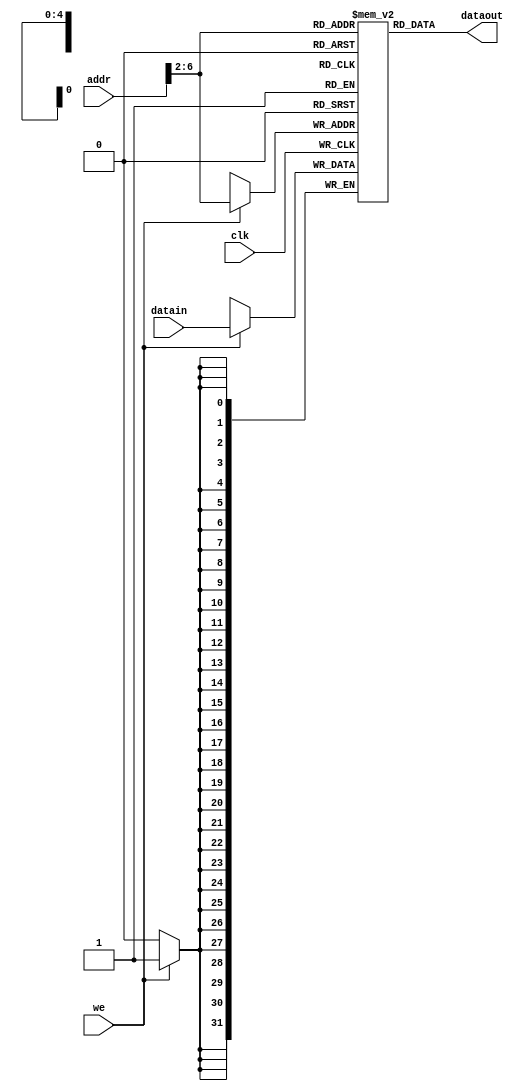
`timescale 1ns / 1ps
//////////////////////////////////////////////////////////////////////////////////
// Company: 
// Engineer: 
// 
// Design Name: 
// Module Name: sc_datamem
// Project Name: 
// Target Devices: 
// Tool Versions: 
// Description: 
// 
// Dependencies: 
// 
// Revision:
// Revision 0.01 - File Created
// Additional Comments:
// 
//////////////////////////////////////////////////////////////////////////////////


module scdatamem(
    input clk,
    input [31:0] addr,
    input we,
    input [31:0] datain,
    output [31:0] dataout
    );
    
    reg [31:0] ram [0:31];
    assign dataout = ram[addr[6:2]];
    always@(posedge clk)
    if(we) 
    ram[addr[6:2]] = datain;
        
        integer i;
        initial begin                        // initialize memory         
        for (i = 0; i < 32; i = i + 1)             
            ram[i] = 0;         
        // ram[word_addr] = data         // (byte_addr)          
        ram[5'h14] = 32'h000000a3;       // (50hex)          
        ram[5'h15] = 32'h00000027;       // (54hex)          
        ram[5'h16] = 32'h00000079;       // (58hex)          
        ram[5'h17] = 32'h00000115;       // (5chex)          
        ram[5'h18] = 32'h00000258;       // the sum stored by sw instruction     
        end
endmodule